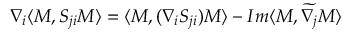
\nabla _ { i } \langle M , S _ { j i } M \rangle = \langle M , ( \nabla _ { i } S _ { j i } ) M \rangle - I m \langle M , \widetilde { \nabla _ { j } } M \rangle